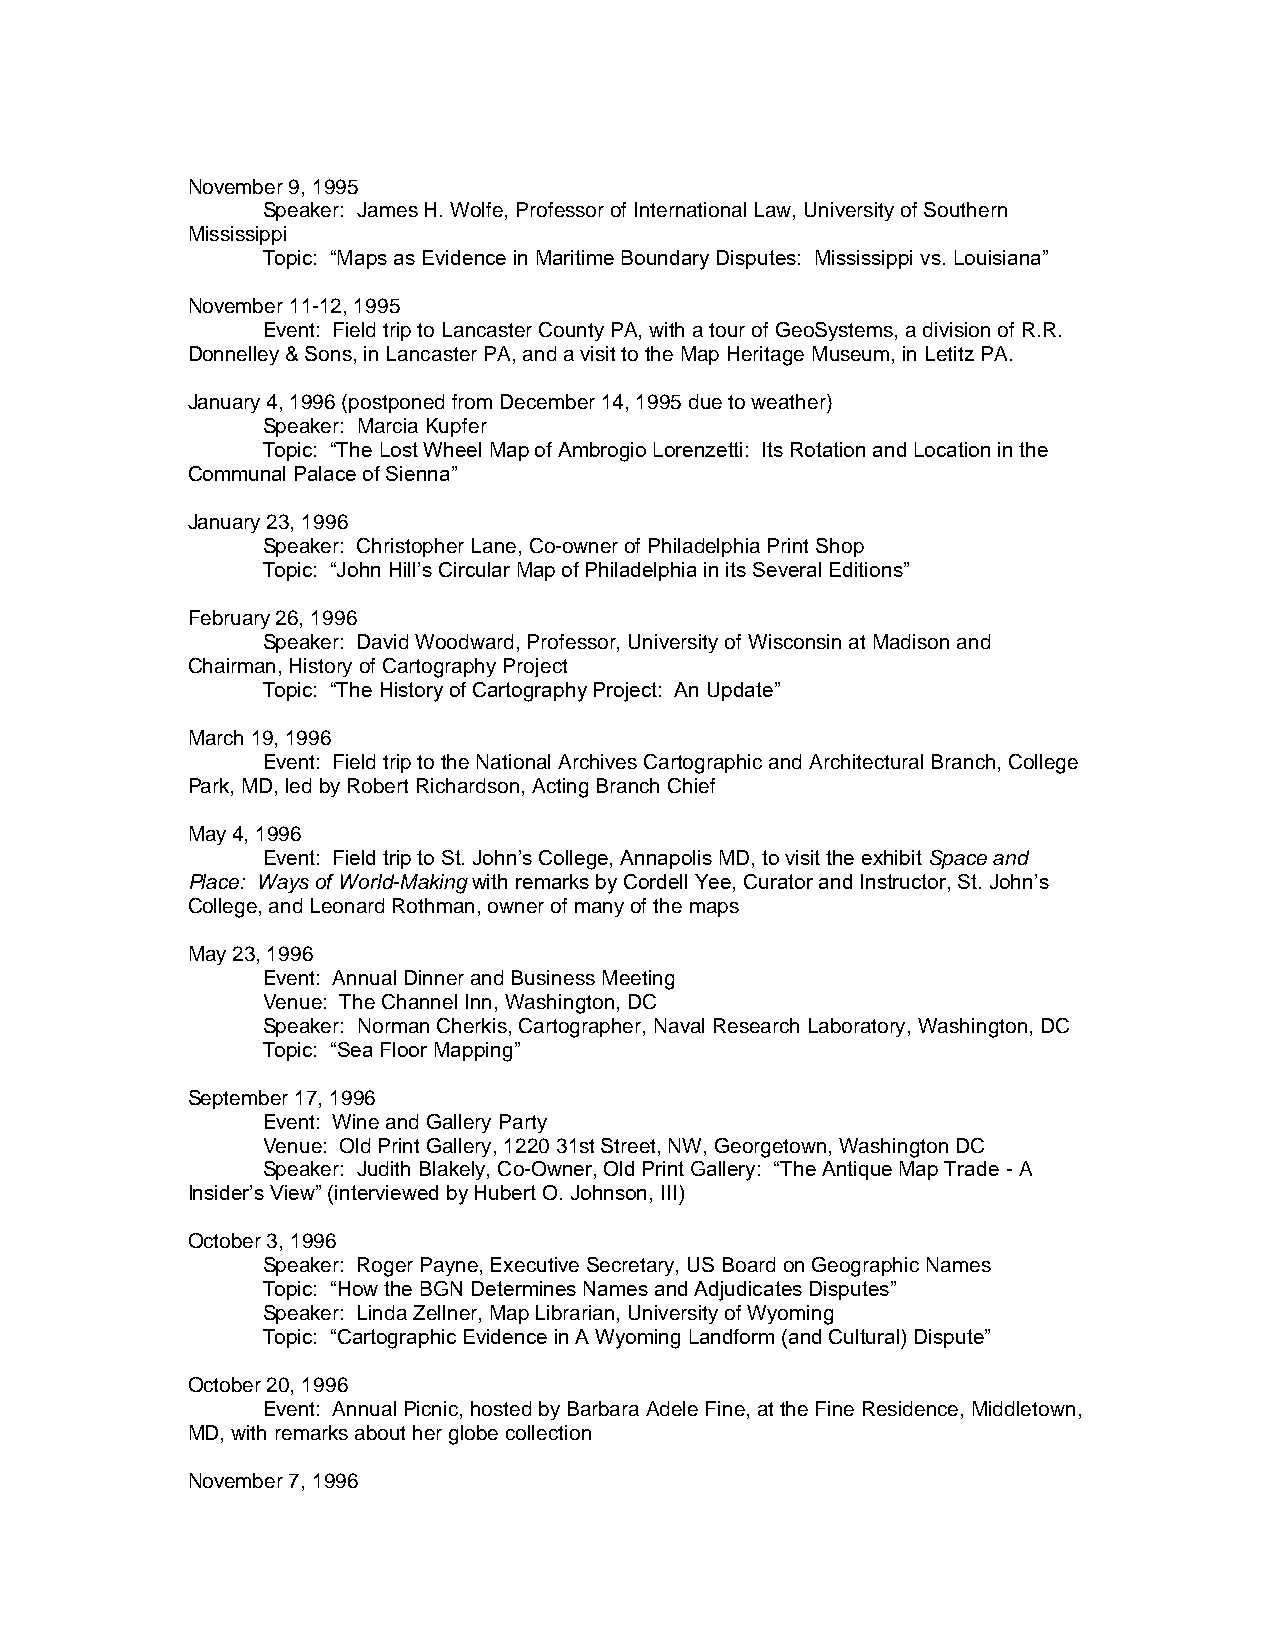
November 9, 1995
 Speaker: James H. Wolfe, Professor of International Law, University of Southern
 Mississippi
 Topic: “Maps as Evidence in Maritime Boundary Disputes: Mississippi vs. Louisiana”
 November 11-12, 1995
 Event: Field trip to Lancaster County PA, with a tour of GeoSystems, a division of R.R.
 Donnelley & Sons, in Lancaster PA, and a visit to the Map Heritage Museum, in Letitz PA.
 January 4, 1996 (postponed from December 14, 1995 due to weather)
 Speaker: Marcia Kupfer
 Topic: “The Lost Wheel Map of Ambrogio Lorenzetti: Its Rotation and Location in the
 Communal Palace of Sienna”
 January 23, 1996
 Speaker: Christopher Lane, Co-owner of Philadelphia Print Shop
 Topic: “John Hill’s Circular Map of Philadelphia in its Several Editions”
 February 26, 1996
 Speaker: David Woodward, Professor, University of Wisconsin at Madison and
 Chairman, History of Cartography Project
 Topic: “The History of Cartography Project: An Update”
 March 19, 1996
 Event: Field trip to the National Archives Cartographic and Architectural Branch, College
 Park, MD, led by Robert Richardson, Acting Branch Chief
 May 4, 1996
 Event: Field trip to St. John’s College, Annapolis MD, to visit the exhibit Space and
 Place: Ways of World-Making with remarks by Cordell Yee, Curator and Instructor, St. John’s
 College, and Leonard Rothman, owner of many of the maps
 May 23, 1996
 Event: Annual Dinner and Business Meeting
 Venue: The Channel Inn, Washington, DC
 Speaker: Norman Cherkis, Cartographer, Naval Research Laboratory, Washington, DC
 Topic: “Sea Floor Mapping”
 September 17, 1996
 Event: Wine and Gallery Party
 Venue: Old Print Gallery, 1220 31st Street, NW, Georgetown, Washington DC
 Speaker: Judith Blakely, Co-Owner, Old Print Gallery: “The Antique Map Trade - A
 Insider’s View” (interviewed by Hubert O. Johnson, III)
 October 3, 1996
 Speaker: Roger Payne, Executive Secretary, US Board on Geographic Names
 Topic: “How the BGN Determines Names and Adjudicates Disputes”
 Speaker: Linda Zellner, Map Librarian, University of Wyoming
 Topic: “Cartographic Evidence in A Wyoming Landform (and Cultural) Dispute”
 October 20, 1996
 Event: Annual Picnic, hosted by Barbara Adele Fine, at the Fine Residence, Middletown,
 MD, with remarks about her globe collection
 November 7, 1996